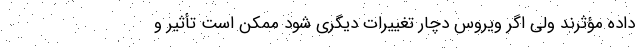
داده مؤثرند ولی اگر ویروس دچار تغییرات دیگری شود ممکن است تأثیر و